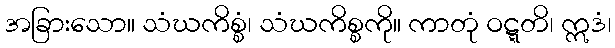
အခြားသော။ သံဃကိစ္စံ၊ သံဃကိစ္စကို။ ကာတုံ ဝဋ္ဋတိ၊ ဣဒံ၊